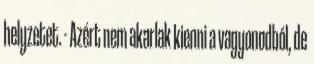
helyzetet. - Azért nem akarlak kienni a vagyonodból, de